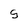
Character: 5